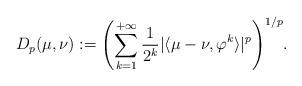
LaTeX: \begin{align*}\label[Ieq]{eq:D0expression}D_p(\mu,\nu) := {\left(\sum_{k=1}^{+\infty} \frac{1}{2^k}| \langle \mu-\nu,\varphi^k \rangle|^p\right)}^{1/p}.\end{align*}